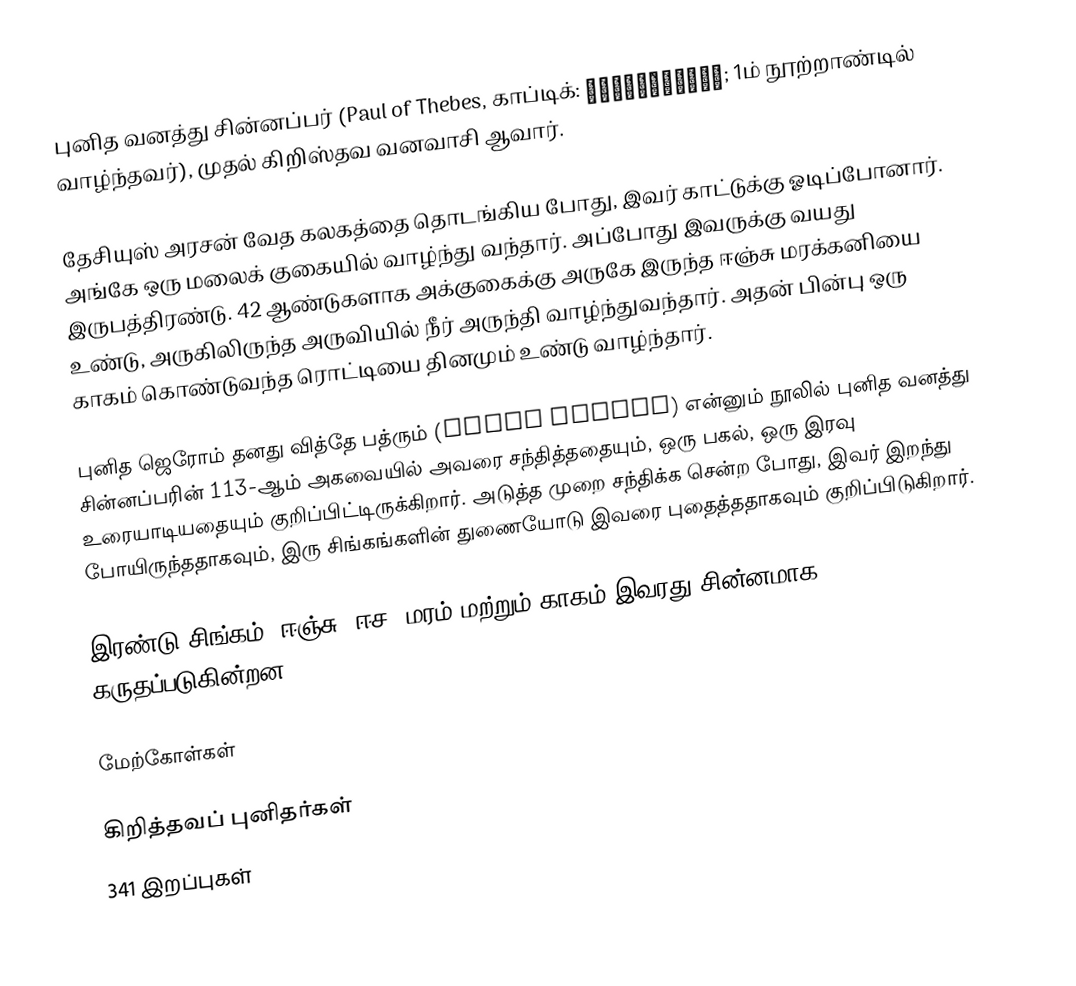
புனித வனத்து சின்னப்பர் (Paul of Thebes, காப்டிக்: ⲘⲉⲧⲢⲉⲙ̀ⲛⲭⲏⲙⲓ; 1ம் நூற்றாண்டில் வாழ்ந்தவர்), முதல் கிறிஸ்தவ வனவாசி ஆவார்.

தேசியுஸ் அரசன் வேத கலகத்தை தொடங்கிய போது, இவர் காட்டுக்கு ஓடிப்போனார். அங்கே ஒரு மலைக் குகையில் வாழ்ந்து வந்தார். அப்போது இவருக்கு வயது இருபத்திரண்டு. 42 ஆண்டுகளாக அக்குகைக்கு அருகே இருந்த ஈஞ்சு மரக்கனியை உண்டு, அருகிலிருந்த அருவியில் நீர் அருந்தி வாழ்ந்துவந்தார். அதன் பின்பு ஒரு காகம் கொண்டுவந்த ரொட்டியை தினமும் உண்டு வாழ்ந்தார்.

புனித ஜெரோம் தனது வித்தே பத்ரும் (Vitae Patrum) என்னும் நூலில் புனித வனத்து சின்னப்பரின் 113-ஆம் அகவையில் அவரை சந்தித்ததையும், ஒரு பகல், ஒரு இரவு உரையாடியதையும் குறிப்பிட்டிருக்கிறார். அடுத்த முறை சந்திக்க சென்ற போது, இவர் இறந்து போயிருந்ததாகவும், இரு சிங்கங்களின் துணையோடு இவரை புதைத்ததாகவும் குறிப்பிடுகிறார்.

இரண்டு சிங்கம், ஈஞ்சு (ஈச) மரம் மற்றும் காகம் இவரது சின்னமாக கருதப்படுகின்றன.

மேற்கோள்கள்

கிறித்தவப் புனிதர்கள்
341 இறப்புகள்